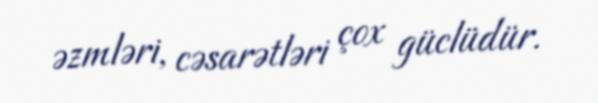
əzmləri, cəsarətləri çox güclüdür.